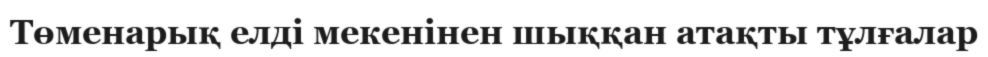
Төменарық елді мекенінен шыққан атақты тұлғалар